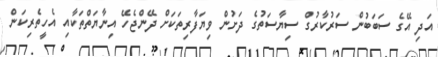
އަދި އޭގެ ސަބަބުން ސަރުކާރުގް ސިޔާސަތުގެ ދަށުން ވިޔަފާރިތަކަށް ދޭންޖެހޭ އިނާޔަތްތަކާއި އެހީތެރިކަން